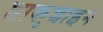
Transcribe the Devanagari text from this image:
शाकुशाइन